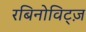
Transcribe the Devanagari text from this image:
रबिनोविट्ज़